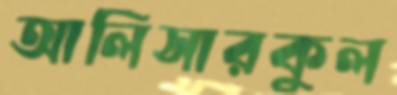
আলিসারকুল